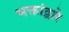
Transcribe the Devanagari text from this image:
भक्तांद्वारे